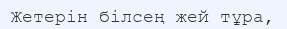
Жетерін білсең жей тұра,